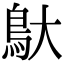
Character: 䲦